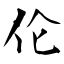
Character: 伦